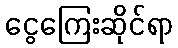
ငွေကြေးဆိုင်ရာ